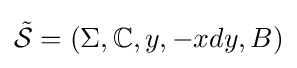
{\tilde {\mathcal {S}}}=(\Sigma ,\mathbb {C} ,y,-xdy,B)